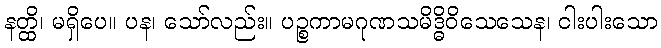
နတ္ထိ၊ မရှိပေ။ ပန၊ သော်လည်း။ ပဉ္စကာမဂုဏသမိဒ္ဓိဝိသေသေန၊ ငါးပါးသော